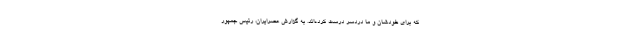
که برای خودشان و ما دردسر درست کرده‌اند. به گزارش عصرایران، رئیس جمهور